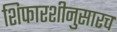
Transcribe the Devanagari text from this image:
शिफारशीनुसारच